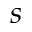
s